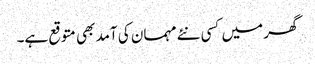
گھر میں کسی نئے مہمان کی آمد بھی متوقع ہے۔